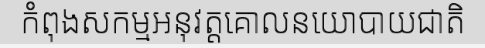
កំពុងសកម្មអនុវត្តគោលនយោបាយជាតិ